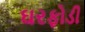
ઘરફોડી